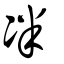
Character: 冸